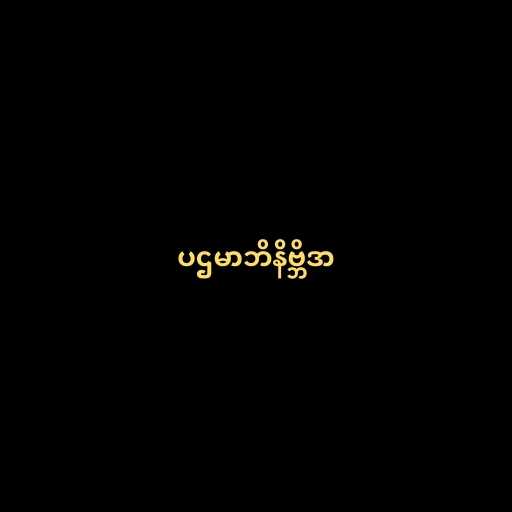
ပဌမာဘိနိဗ္ဘိဒာ